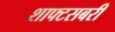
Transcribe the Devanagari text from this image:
शाफ्टसबरी